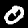
Label: 0